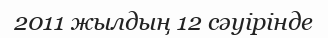
2011 жылдың 12 сәуiрiнде